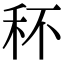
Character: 𥝣